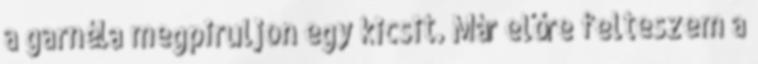
a garnéla megpiruljon egy kicsit. Már előre felteszem a